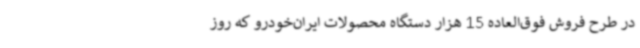
در طرح فروش فوق‌العاده 15 هزار دستگاه محصولات ایران‌خودرو که روز